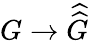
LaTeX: G\to{\widehat{\widehat{G}}}